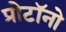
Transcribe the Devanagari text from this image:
प्रोटॉनो